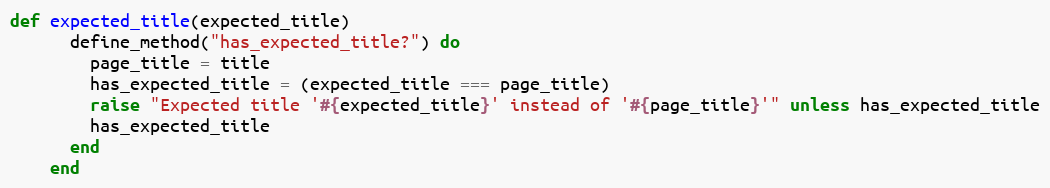
Language: Ruby
def expected_title(expected_title)
      define_method("has_expected_title?") do
        page_title = title
        has_expected_title = (expected_title === page_title)
        raise "Expected title '#{expected_title}' instead of '#{page_title}'" unless has_expected_title
        has_expected_title
      end
    end